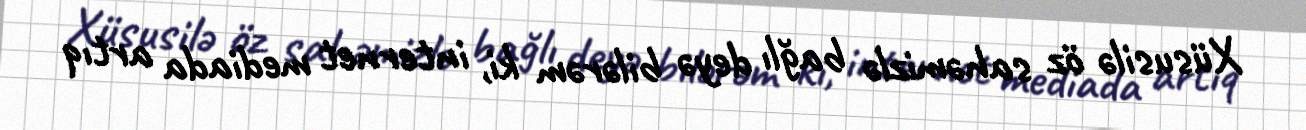
Xüsusilə öz sahəmizlə bağlı deyə bilərəm ki, internet mediada artıq